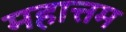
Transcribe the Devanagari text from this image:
महात्तम